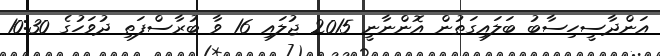
އަންދާސީހިސާބު ބަލައިގަތުން އޮންނާނީ 2015 ޖުލައި 16 ވާ ބުރާސްފަތި ދުވަހުގެ 10:30